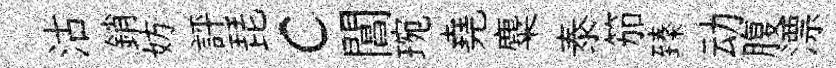
沽銷妨評琵c閶琬堯麋泰笳臻动腹漂